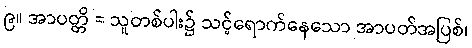
၉။ အာပတ္တိ = သူတစ်ပါး၌ သင့်ရောက်နေသော အာပတ်အပြစ်၊